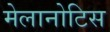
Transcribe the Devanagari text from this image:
मेलानोटिस